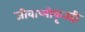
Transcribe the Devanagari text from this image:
जीवाष्मीकृतही